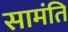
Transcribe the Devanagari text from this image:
सामंति